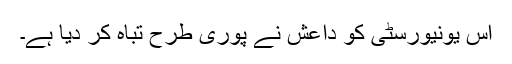
اس یونیورسٹی کو داعش نے پوری طرح تباہ کر دیا ہے۔